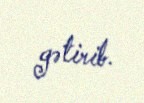
gətirib.